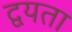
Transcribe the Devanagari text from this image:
द्वयता